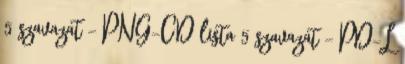
5 szavazat – PNG-CD lista 5 szavazat – PD-L